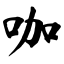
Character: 咖